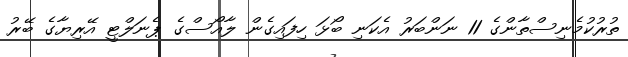
ތުރުކުމެނިސްތާންގެ 11 ނަންބަރު އެކަނި ބޯޅަ ހިފައިގެން ލާއޯސްގެ ޕެނަލްޓީ އޭރިޔާގެ ބޭރު